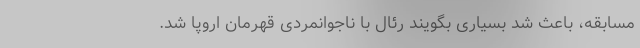
مسابقه، باعث شد بسیاری بگویند رئال با ناجوانمردی قهرمان اروپا شد.